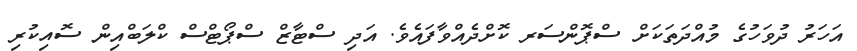
އަހަރު ދުވަހުގެ މުއްދަތަކަށް ސްޕޮންސަރ ކޮށްދެއްވާފައެވެ. އަދި ސްޓާޒް ސްޕޯޓްސް ކްލަބްއިން ސޮއިކުރި